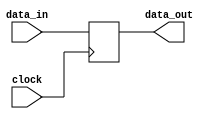
`timescale 1ns / 1ps
//////////////////////////////////////////////////////////////////////////////////
// Company: 
// Engineer: 
// 
// Design Name: 
// Module Name:    DataReg16b 
// Project Name: 
// Target Devices: 
// Tool versions: 
// Description: 
//
// Dependencies: 
//
// Revision: 
// Revision 0.01 - File Created
// Additional Comments: 
//
//////////////////////////////////////////////////////////////////////////////////
module DataReg16b(
    input [15:0] data_in,
	 input clock,
    output reg [15:0] data_out
    );
always @ (posedge clock)
begin
	data_out = data_in;
end

endmodule